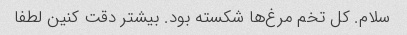
سلام. کل تخم مرغ‌ها شکسته بود. بیشتر دقت کنین لطفا